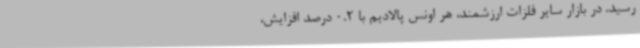
رسید. در بازار سایر فلزات ارزشمند، هر اونس پالادیم با 0.2 درصد افزایش،